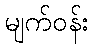
မျက်ဝန်း